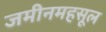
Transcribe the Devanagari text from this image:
जमीनमहसूल